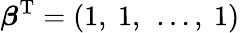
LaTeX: {\boldsymbol{\beta}}^{\mathrm{T}}={\left(\begin{array}{l}{1,\ 1,\ \dots,\ 1}\end{array}\right)}